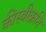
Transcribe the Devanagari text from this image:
कीस्वीक्रति